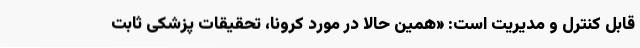
قابل کنترل و مدیریت است: «همین حالا در مورد کرونا، تحقیقات پزشکی ثابت